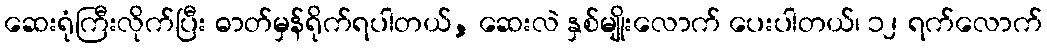
ဆေးရုံကြီးလိုက်ပြီး ဓာတ်မှန်ရိုက်ရပါတယ်, ဆေးလဲ နှစ်မျိုးလောက် ပေးပါတယ်၊ ၁၂ ရက်လောက်